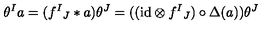
\theta ^ { I } a = ( f ^ { I } { } _ { J } \ast a ) \theta ^ { J } = ( ( \mathrm { i d } \otimes f ^ { I } { } _ { J } ) \circ \Delta ( a ) ) \theta ^ { J }